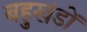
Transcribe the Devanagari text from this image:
बहुखंडों